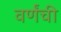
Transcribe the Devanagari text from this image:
वर्णंची